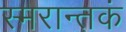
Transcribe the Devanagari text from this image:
स्मरान्तकं